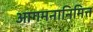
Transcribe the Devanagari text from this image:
आगमनानिमित्त